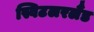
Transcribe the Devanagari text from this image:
स्विटलरलैंड